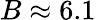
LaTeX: B\approx 6.1